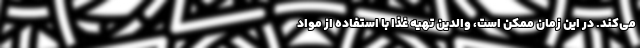
می‌کند. در این زمان ممکن است، والدین تهیه غذا با استفاده از مواد